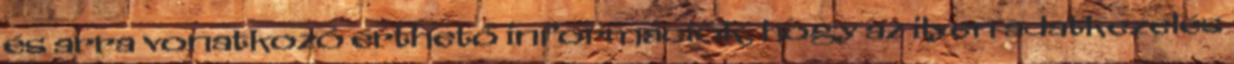
és arra vonatkozó érthető információk, hogy az ilyen adatkezelés